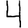
Digit: 4